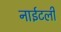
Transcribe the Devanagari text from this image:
नाईटली